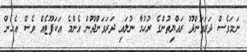
ނަމަވެސް ދަރަވަންދޫ ރައްޔިތުންގެ ރުހުމާ ނުލައި ދަރަވަންދޫން އެންމެ އަކަފޫޓެއް ވެސް އެހެން